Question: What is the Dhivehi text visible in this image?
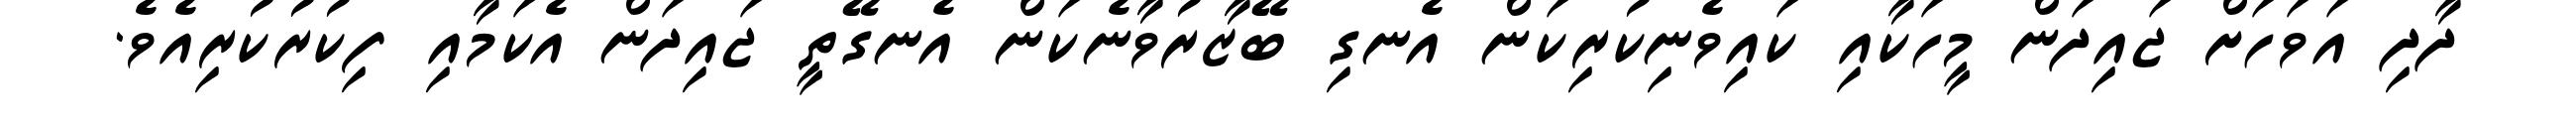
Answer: ދާދި އަވަހަށް ޖައިދަން މީހަކާއި ކައިވެނިކުރިކަން އެނގި ބޭޒާރުވާނެކަން އެނގޭތީ ޖައިދަން އެކަމާއި ފިކުރުކުރިއެވެ.